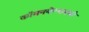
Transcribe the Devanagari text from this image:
कॉमनवेल्थमध्ये